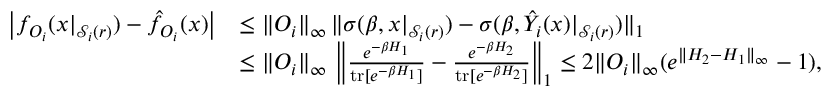
\begin{array} { r l } { \big | f _ { O _ { i } } ( x | _ { \mathcal { S } _ { i } ( r ) } ) - \hat { f } _ { O _ { i } } ( x ) \big | } & { \le \| O _ { i } \| _ { \infty } \, \| \sigma ( \beta , x | _ { \mathcal { S } _ { i } ( r ) } ) - \sigma ( \beta , \hat { Y } _ { i } ( x ) | _ { \mathcal { S } _ { i } ( r ) } ) \| _ { 1 } } \\ & { \le \| O _ { i } \| _ { \infty } \, \left\| \frac { e ^ { - \beta H _ { 1 } } } { \operatorname { t r } [ e ^ { - \beta H _ { 1 } } ] } - \frac { e ^ { - \beta H _ { 2 } } } { \operatorname { t r } [ e ^ { - \beta H _ { 2 } } ] } \right\| _ { 1 } \leq 2 \| O _ { i } \| _ { \infty } ( e ^ { \| H _ { 2 } - H _ { 1 } \| _ { \infty } } - 1 ) , } \end{array}